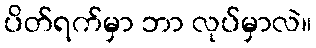
ပိတ်ရက်မှာ ဘာ လုပ်မှာလဲ။